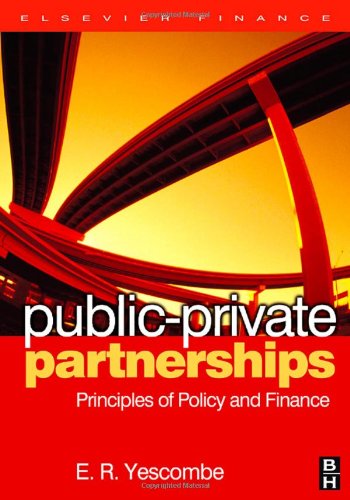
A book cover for Public-Private Partnerships: Principles of Policy and Finance; E. R. Yescombe; Business & Money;